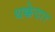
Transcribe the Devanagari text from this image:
थक्केदार